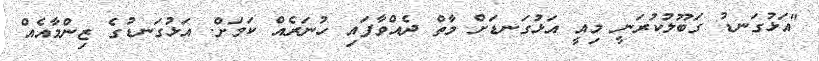
"އަޅުގަނޑު ގަބޫލުކުރަނީ މިއީ އަޅުގަނޑަށް މާތް ދެއްވާފައި ހުނަރެއް ކަމަށް. އަޅުގަނޑުގެ ޒިންމާއެއް